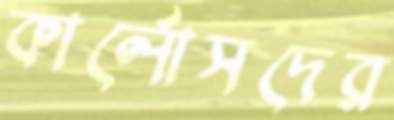
কার্লোসদের